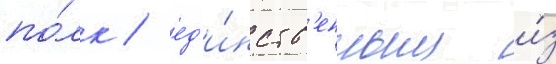
по́лк / ед'и́нств'енным и́з